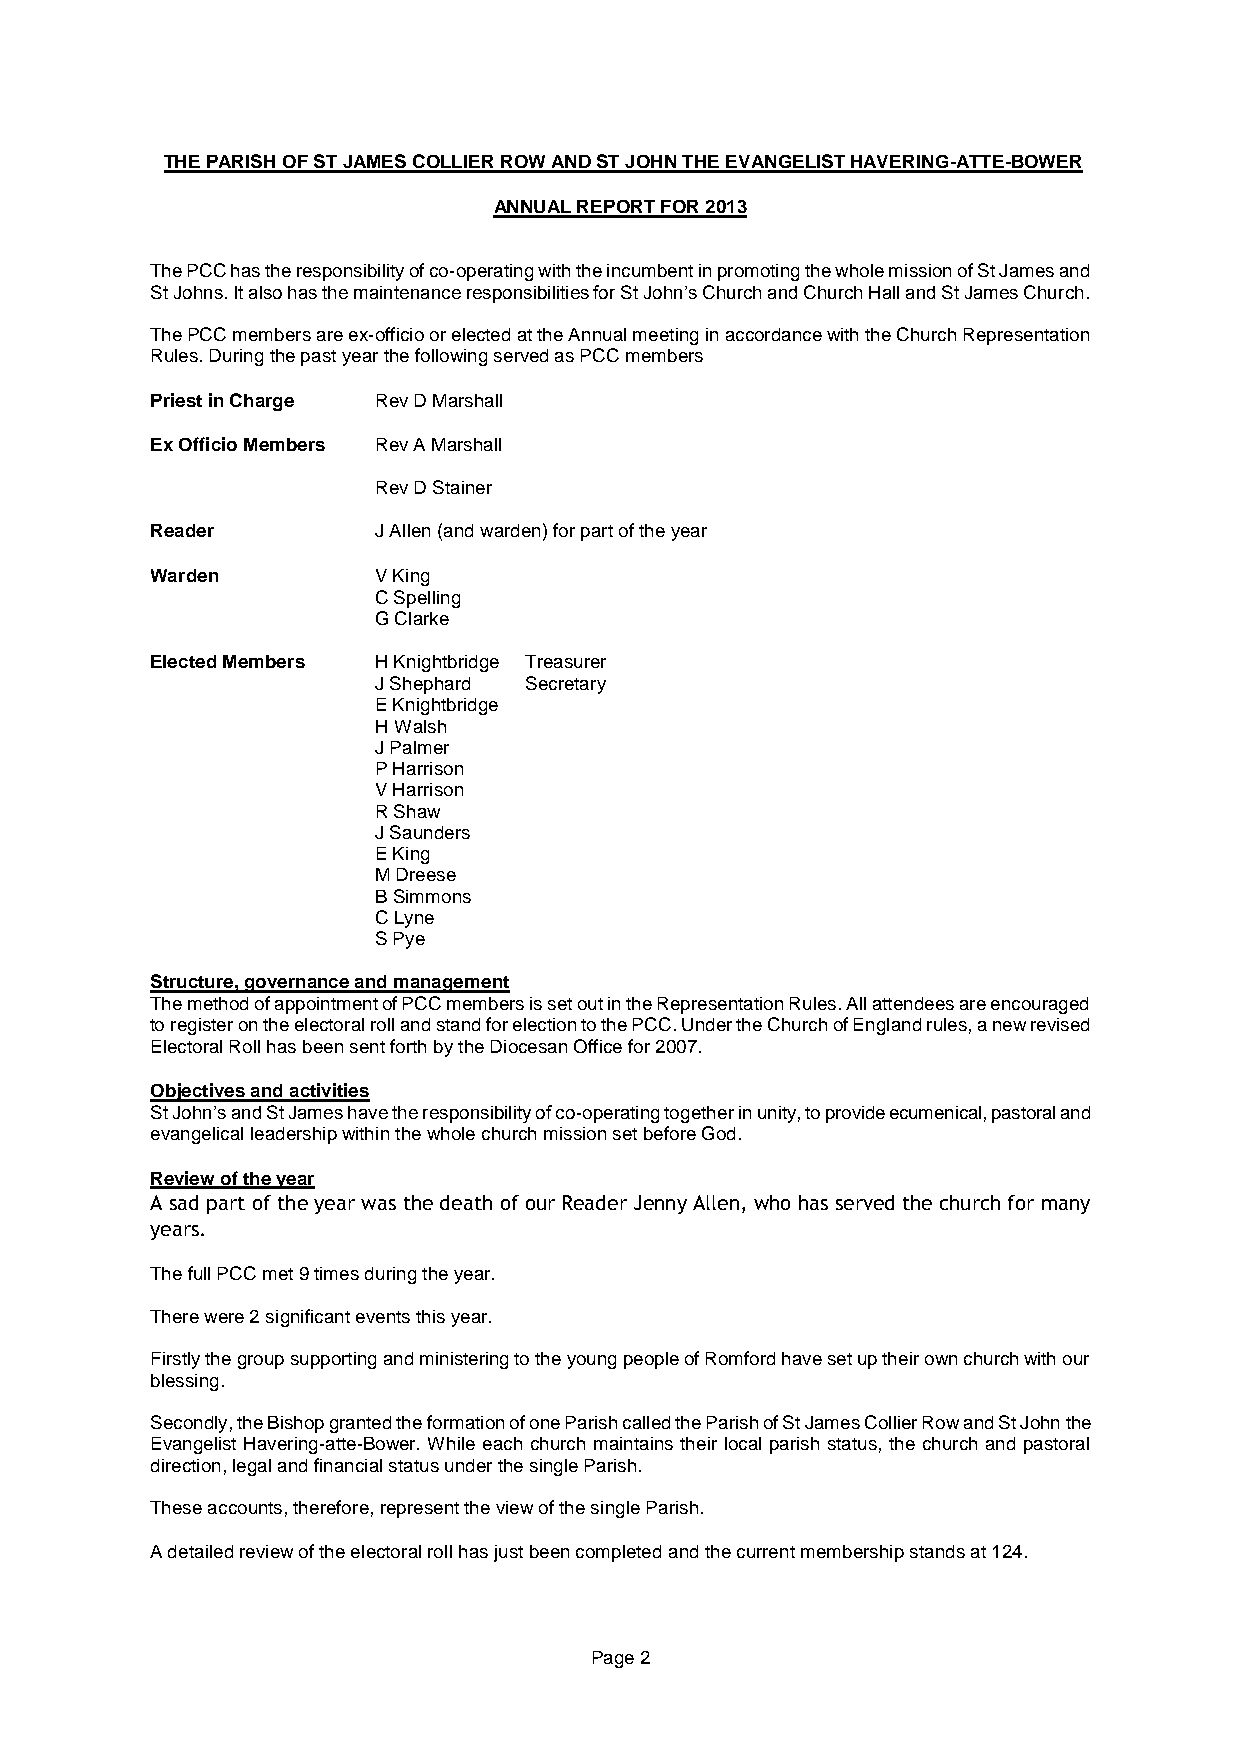
THE PARISH OF ST JAMES COLLIER ROW AND ST JOHN THE EVANGELIST HAVERING-ATTE-BOWER
 ANNUAL REPORT FOR 2013
 The PCC has the responsibility of co-operating with the incumbent in promoting the whole mission of St James and
 St Johns. It also has the maintenance responsibilities for St John’s Church and Church Hall and St James Church.
 The PCC members are ex-officio or elected at the Annual meeting in accordance with the Church Representation
 Rules. During the past year the following served as PCC members
 Priest in Charge Rev D Marshall
 Ex Officio Members Rev A Marshall
 Rev D Stainer
 Reader         J Allen (and warden) for part of the year
 Warden         V King
 C Spelling
 G Clarke
 Elected Members H Knightbridge Treasurer
 J Shephard Secretary
 E Knightbridge
 H Walsh
 J Palmer
 P Harrison
 V Harrison
 R Shaw
 J Saunders
 E King
 M Dreese
 B Simmons
 C Lyne
 S Pye
 Structure, governance and management
 The method of appointment of PCC members is set out in the Representation Rules. All attendees are encouraged
 to register on the electoral roll and stand for election to the PCC. Under the Church of England rules, a new revised
 Electoral Roll has been sent forth by the Diocesan Office for 2007.
 Objectives and activities
 St John’s and St James have the responsibility of co-operating together in unity, to provide ecumenical, pastoral and
 evangelical leadership within the whole church mission set before God.
 Review of the year
 A sad part of the year was the death of our Reader Jenny Allen, who has served the church for many
 years.
 The full PCC met 9 times during the year.
 There were 2 significant events this year.
 Firstly the group supporting and ministering to the young people of Romford have set up their own church with our
 blessing.
 Secondly, the Bishop granted the formation of one Parish called the Parish of St James Collier Row and St John the
 Evangelist Havering-atte-Bower. While each church maintains their local parish status, the church and pastoral
 direction, legal and financial status under the single Parish.
 These accounts, therefore, represent the view of the single Parish.
 A detailed review of the electoral roll has just been completed and the current membership stands at 124.
 Page 2